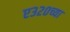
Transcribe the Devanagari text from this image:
ए३२०च्या